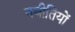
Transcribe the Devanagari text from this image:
नबीतियों